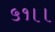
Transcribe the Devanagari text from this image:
५१।।